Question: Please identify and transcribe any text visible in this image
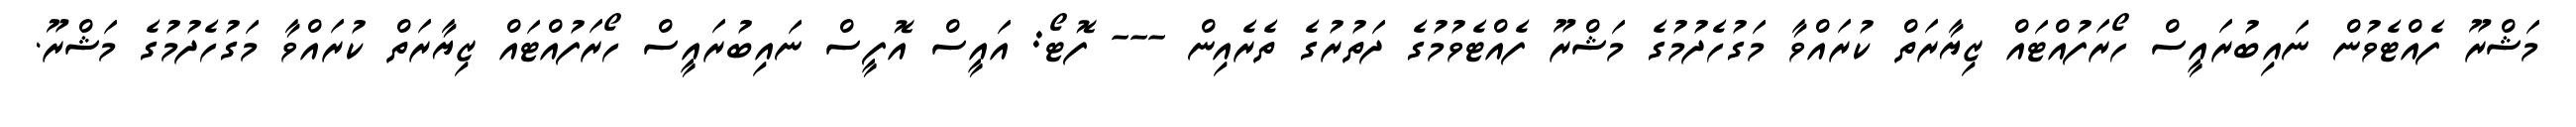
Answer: މަޝްރޫ ފެއްޓެވުން ނައިބުރައީސް ހޯރަފުއްޓައް ޒިޔާރަތް ކުރައްވާ މަގުހެދުމުގެ މަޝްރޫ ފެއްޓެވުމުގެ ދަތުރުގެ ތެރެއިން --- ފޮޓޯ: އައީސް އޮފީސް ނައިބުރައީސް ހޯރަފުއްޓައް ޒިޔާރަތް ކުރައްވާ މަގުހެދުމުގެ މަޝްރޫ.